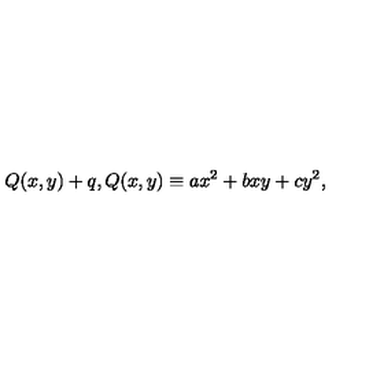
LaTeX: Q ( x , y ) + q , Q ( x , y ) \equiv a x ^ { 2 } + b x y + c y ^ { 2 } ,